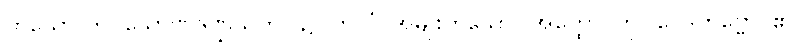
ဟူသော ဤ(သောဏဒဏ္ဍသုတ်) ၌။ ကုလံ၊ အမျိုးဟူသော။ အတ္ထော၊ ကို။ ဝေဒိတဗ္ဗော၊ ၏။